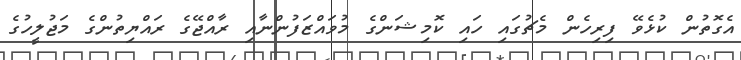
އެގޮތުން ކުޅެވޭ ފިރިހެން މެޗުގައި ހައި ކޮމިޝަންގެ މުވައްޒަފުންނާއި ރާއްޖޭގެ ރައްޔިތުންގެ މަޖުލީހުގެ